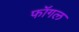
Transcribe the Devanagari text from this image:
फॉगल